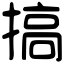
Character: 搞